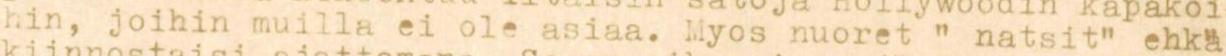
hin, joihin muilla ei ole asiaa. Myös nuoret  " natsit" ehkä